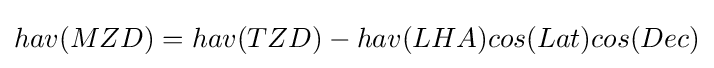
hav(MZD)=hav(TZD)-hav(LHA)cos(Lat)cos(Dec)